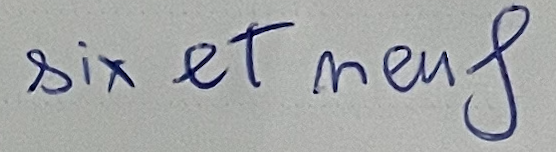
six et neuf